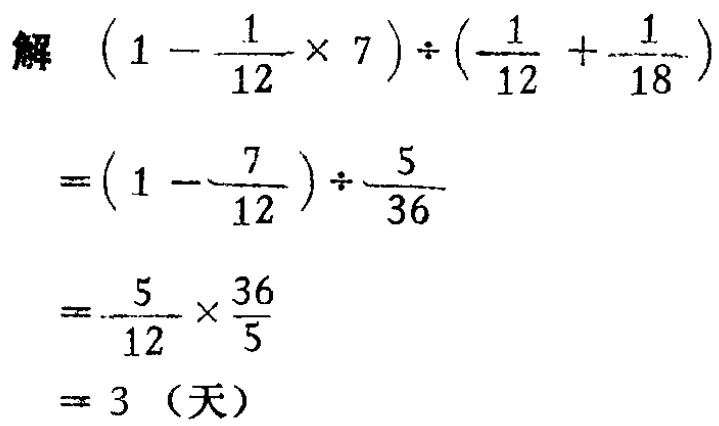
解 \((1 - \frac{1}{12} \times 7) \div (\frac{1}{12} + \frac{1}{18})\)

\(=(1 - \frac{7}{12}) \div \frac{5}{36}\)

\(=\frac{5}{12} \times \frac{36}{5}\)

\(= 3\)（天）